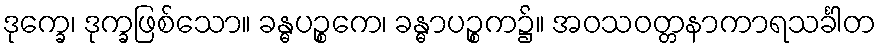
ဒုက္ခေ၊ ဒုက္ခဖြစ်သော။ ခန္ဓပဉ္စကေ၊ ခန္ဓာပဉ္စက၌။ အဝသဝတ္တနာကာရသင်္ခါတ